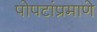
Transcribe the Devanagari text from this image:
पोपटांप्रमाणे